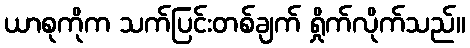
ယာစုကိုက သက်ပြင်းတစ်ချက် ရှိုက်လိုက်သည်။